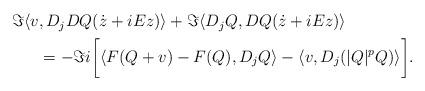
LaTeX: \begin{align*}\begin{aligned}\Im\langle v& ,D_jDQ(\dot z+iEz)\rangle + \Im \langle D_j Q, DQ(\dot z+iEz)\rangle \\& = -\Im i\biggl[\langle F(Q+v)-F(Q),D_j Q\rangle - \langle v, D_j(|Q|^p Q)\rangle\biggr]. \end{aligned}\end{align*}